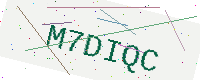
Text: M7DIQC